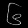
Digit: ၆